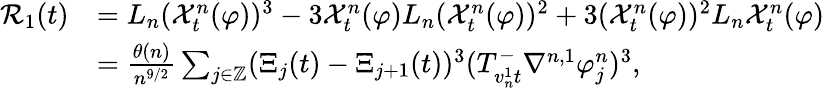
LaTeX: \begin{array}{rl}{\mathcal{R}_{1}(t)}&{=L_{n}(\mathcal{X}_{t}^{n}(\varphi))^{3}-3\mathcal{X}_{t}^{n}(\varphi)L_{n}(\mathcal{X}_{t}^{n}(\varphi))^{2}+3(\mathcal{X}_{t}^{n}(\varphi))^{2}L_{n}\mathcal{X}_{t}^{n}(\varphi)}\\ &{=\frac{\theta(n)}{n^{9/2}}\sum_{j\in\mathbb{Z}}(\Xi_{j}(t)-\Xi_{j+1}(t))^{3}(T_{v_{n}^{1}t}^{-}\nabla^{n,1}\varphi_{j}^{n})^{3},}\end{array}